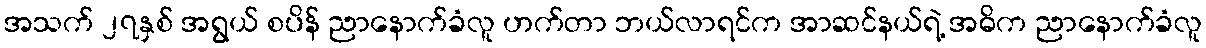
အသက် ၂၇နှစ် အရွယ် စပိန် ညာနောက်ခံလူ ဟက်တာ ဘယ်လာရင်က အာဆင်နယ်ရဲ့ အဓိက ညာနောက်ခံလူ